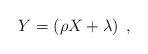
LaTeX: \begin{align*} Y = \left( \rho X + \lambda \right) \;,\,\end{align*}